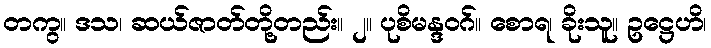
တကွ။ ဒသ၊ ဆယ်ဇာတ်တို့တည်း။ ၂။ ပုစိမန္ဒဝဂ်။ စောရ၊ ခိုးသူ။ ဥဋ္ဌေဟိ၊